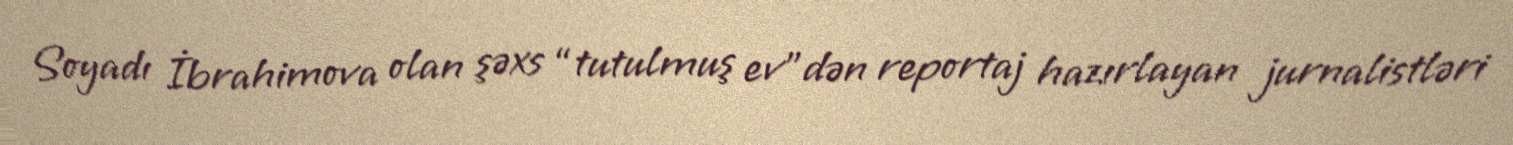
Soyadı İbrahimova olan şəxs “tutulmuş ev”dən reportaj hazırlayan jurnalistləri